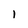
Character: I